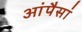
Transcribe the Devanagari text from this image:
आंपैसां